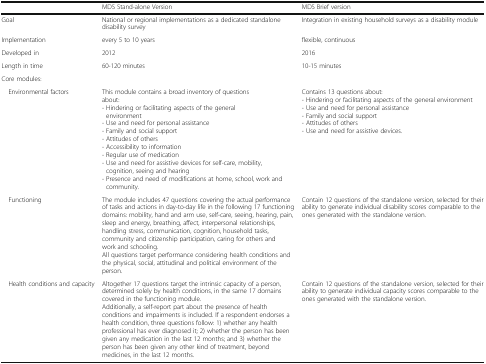
<table><thead><tr><td></td><td><b>MDS Stand-alone Version</b></td><td><b>MDS Brief version</b></td></tr></thead><tbody><tr><td>Goal</td><td>National or regional implementations as a dedicated standalone disability survey</td><td>Integration in existing household surveys as a disability module</td></tr><tr><td>Implementation</td><td>every 5 to 10 years</td><td>flexible, continuous</td></tr><tr><td>Developed in</td><td>2012</td><td>2016</td></tr><tr><td>Length in time</td><td>60-120 minutes</td><td>10-15 minutes</td></tr><tr><td>Core modules:</td><td></td><td></td></tr><tr><td> Environmental factors</td><td>This module contains a broad inventory of questions about:- Hindering or facilitating aspects of the general environment- Use and need for personal assistance- Family and social support- Attitudes of others- Accessibility to information- Regular use of medication- Use and need for assistive devices for self-care, mobility, cognition, seeing and hearing- Presence and need of modifications at home, school, work and community.</td><td>Contains 13 questions about:- Hindering or facilitating aspects of the general environment- Use and need for personal assistance- Family and social support- Attitudes of others- Use and need for assistive devices.</td></tr><tr><td> Functioning</td><td>The module includes 47 questions covering the actual performance of tasks and actions in day-to-day life in the following 17 functioning domains: mobility, hand and arm use, self-care, seeing, hearing, pain, sleep and energy, breathing, affect, interpersonal relationships, handling stress, communication, cognition, household tasks, community and citizenship participation, caring for others and work and schooling.All questions target performance considering health conditions and the physical, social, attitudinal and political environment of the person.</td><td>Contain 12 questions of the standalone version, selected for their ability to generate individual disability scores comparable to the ones generated with the standalone version.</td></tr><tr><td> Health conditions and capacity</td><td>Altogether 17 questions target the intrinsic capacity of a person, determined solely by health conditions, in the same 17 domains covered in the functioning module.Additionally, a self-report part about the presence of health conditions and impairments is included. If a respondent endorses a health condition, three questions follow: 1) whether any health professional has ever diagnosed it; 2) whether the person has been given any medication in the last 12 months; and 3) whether the person has been given any other kind of treatment, beyond medicines, in the last 12 months.</td><td>Contain 12 questions of the standalone version, selected for their ability to generate individual capacity scores comparable to the ones generated with the standalone version.</td></tr></tbody></table>